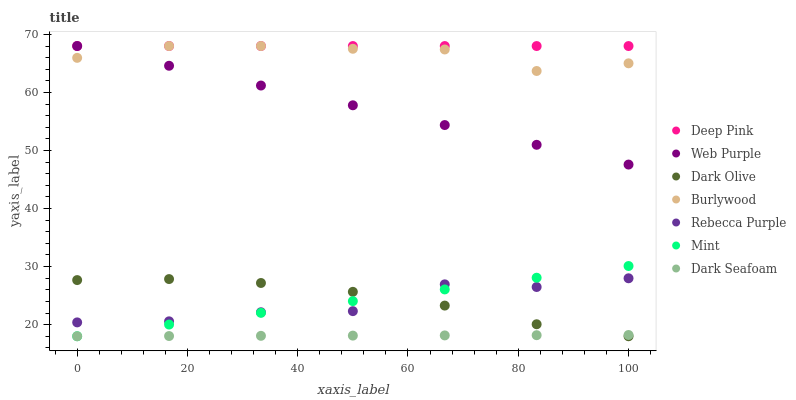
| xaxis_label | Deep Pink | Web Purple | Dark Olive | Burlywood | Rebecca Purple | Mint | Dark Seafoam |
 | --- | --- | --- | --- | --- | --- | --- | --- |
 | 0 | 68 | 68 | 27.7 | 66 | 20.4 | 18 | 18 |
 | 16.7 | 68 | 64.6 | 27.9 | 68 | 20.6 | 20 | 18 |
 | 33.3 | 68 | 61.2 | 27.2 | 68 | 22.1 | 22 | 18.1 |
 | 50 | 68 | 57.8 | 25.7 | 67.5 | 22.3 | 24 | 18.1 |
 | 66.7 | 68 | 54.4 | 23.3 | 67.4 | 26.9 | 26.1 | 18.1 |
 | 83.3 | 68 | 51 | 20.1 | 63.7 | 26.5 | 28.1 | 18.2 |
 | 100 | 68 | 47.6 | 18 | 65 | 28 | 30.1 | 18.2 |